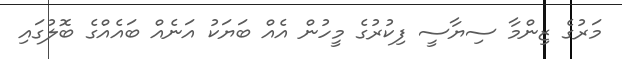
މަރުގެ ޒިންމާ ސިޔާސީ ފިކުރުގެ މީހުން އެއް ބަޔަކު އަނެއް ބައެއްގެ ބޮލުގައި